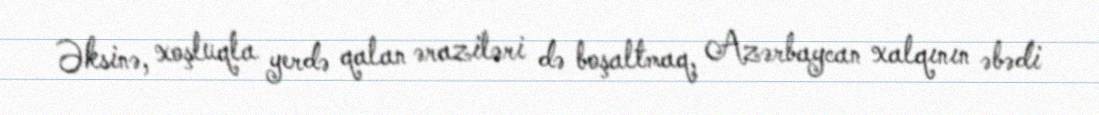
Əksinə, xoşluqla yerdə qalan əraziləri də boşaltmaq, Azərbaycan xalqının əbədi